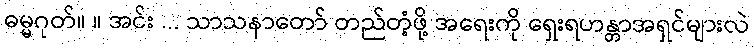
ဓမ္မဂုတ်။ ။ အင်း ... သာသနာတော် တည်တံ့ဖို့ အရေးကို ရှေးရဟန္တာအရှင်များလဲ